Newspaper: Westliche blätter. [volume]
Place of publication: Cincinnati [Ohio]
Publisher: G. Hof & F. Hassaurek
Date: 1880-12-19 00:00:00
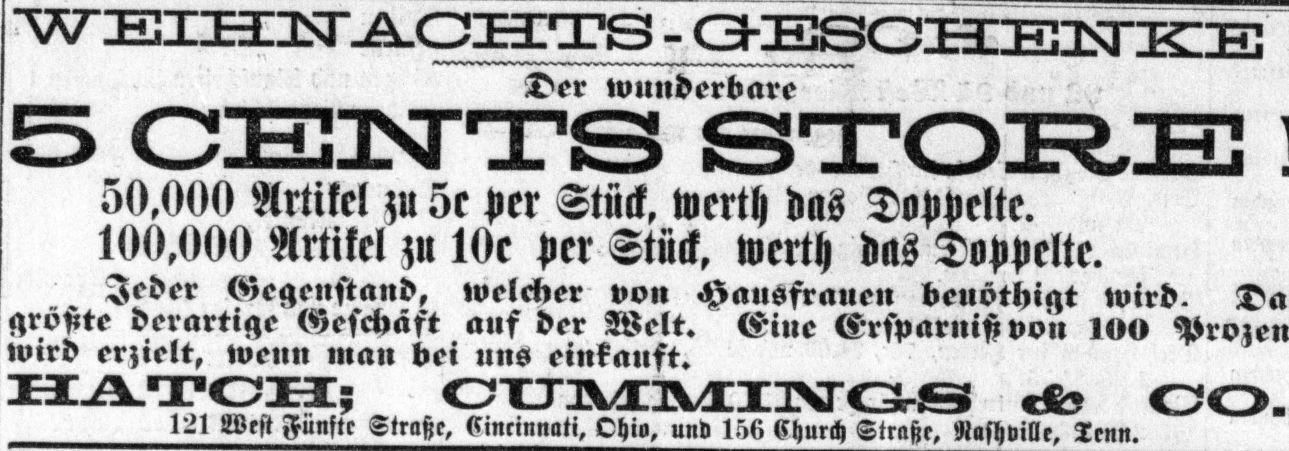
Advertisement text (OCR):
100,000 (Shiduift WEIHISTAGHTS Der wunderbare CENTS STORE 50,000 Artikel zu 5r per Eliick, mcrtl) uns Topprlte. Artikel zu 10e per Stuck, werth das Toppelte. ^eder (Gegenstand, Iveleher von ^ansfrntten benöthigt wird. derartige erzielt, wenn man bei uns einkauft. OÜB5"M'ZjJO-S 121 Lvest fünfte Straße, s,nct„nati, Ohio, und 17,« Yhnrch Straße, Nashville, Tenn. ans der Welt. Mne Ersparnis» von 1M
Label: text-only